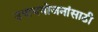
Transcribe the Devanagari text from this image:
उपाययोजनांसाठी